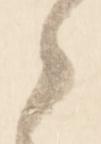
候